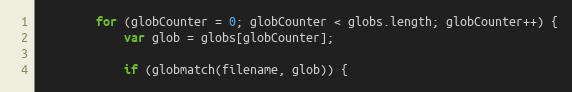
Language: JavaScript
        for (globCounter = 0; globCounter < globs.length; globCounter++) {
            var glob = globs[globCounter];

            if (globmatch(filename, glob)) {